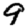
Digit: 9